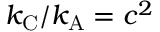
k _ { \mathrm { { C } } } / k _ { \mathrm { { A } } } = c ^ { 2 }